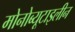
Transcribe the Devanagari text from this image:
मोनोब्यूटाइलीन